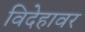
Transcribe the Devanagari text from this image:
विदेहावर